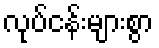
လုပ်ငန်းများစွာ